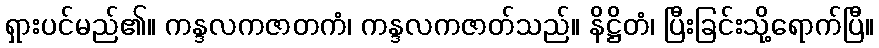
ရှားပင်မည်၏။ ကန္ဒလကဇာတကံ၊ ကန္ဒလကဇာတ်သည်။ နိဋ္ဌိတံ၊ ပြီးခြင်းသို့ရောက်ပြီ။